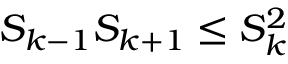
S _ { k - 1 } S _ { k + 1 } \leq S _ { k } ^ { 2 }